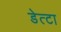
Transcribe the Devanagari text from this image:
डेत्टा